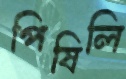
পিষিলি